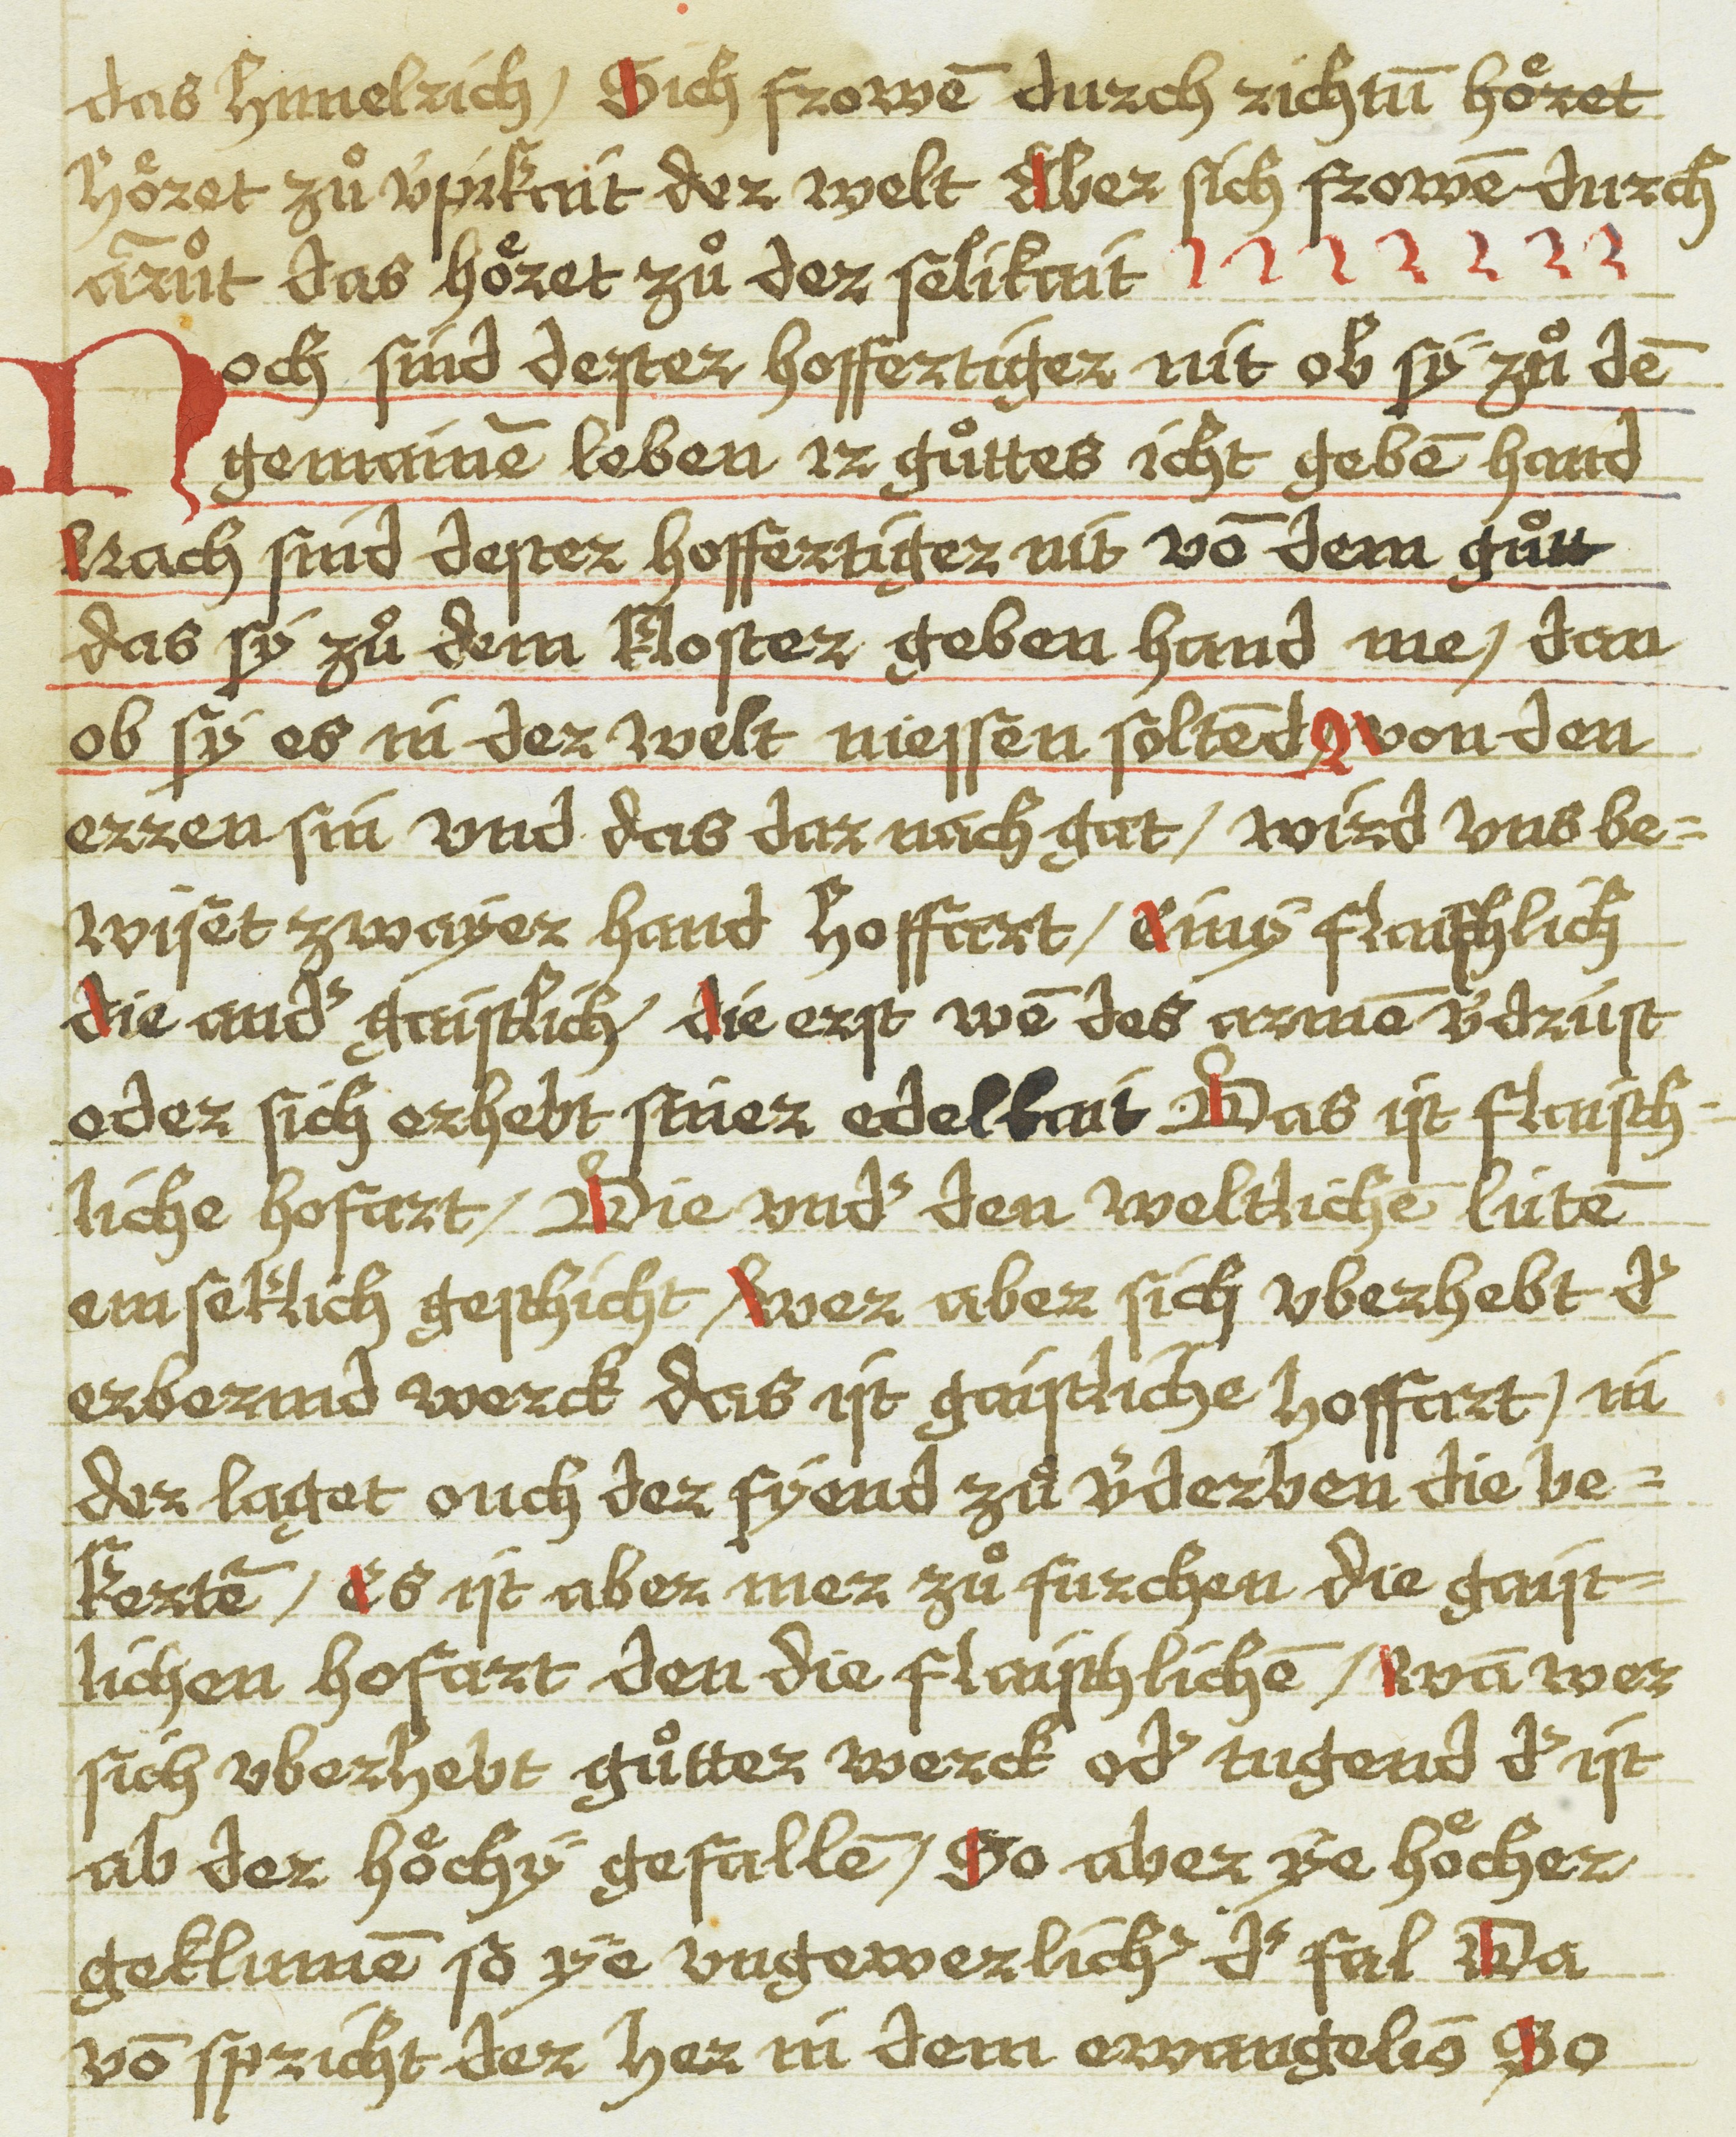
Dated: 1543–1543